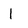
Character: l